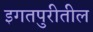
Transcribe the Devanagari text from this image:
इगतपुरीतील